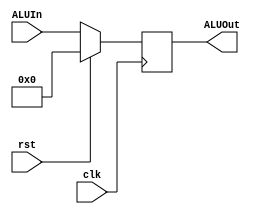
module reg_alu_out(
		input clk,
		input rst,
		input [31:0] ALUIn,
		output reg [31:0] ALUOut
    );
	 
	always @(posedge clk)
		begin
		if (rst)
			begin
			ALUOut <= 32'd0;
			end
		else
			begin
			ALUOut <= ALUIn;
			end
		end
		
endmodule